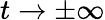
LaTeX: t\to\pm\infty